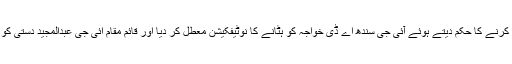
اے ڈی خواجہ کو آئی جی کے عہدے پر بحال کرنے کا حکم دیتے ہوئے آئی جی سندھ اے ڈی خواجہ کو ہٹانے کا نوٹیفکیشن معطل کر دیا اور قائم مقام آئی جی عبدالمجید دستی کو فوری طور پر عہدہ چھوڑنے کا حکم دے دیا۔